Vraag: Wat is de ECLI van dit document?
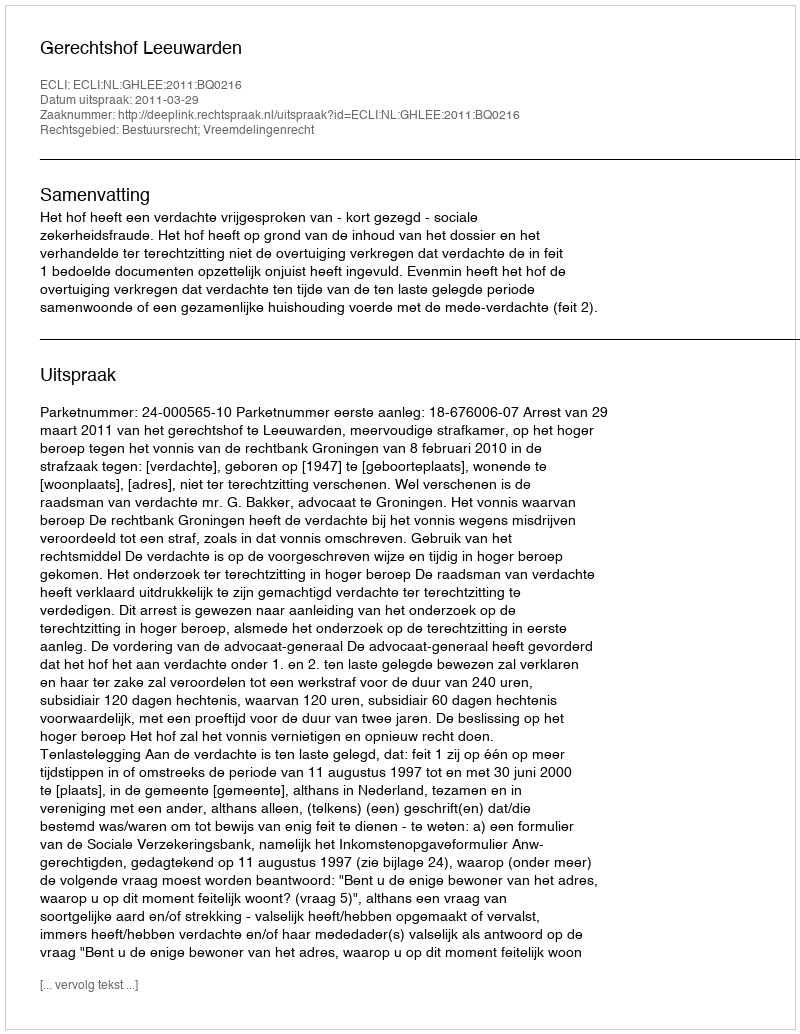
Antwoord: ECLI:NL:GHLEE:2011:BQ0216